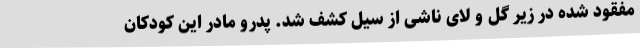
مفقود شده در زیر گل و لای ناشی از سیل کشف شد. پدرو مادر این کودکان